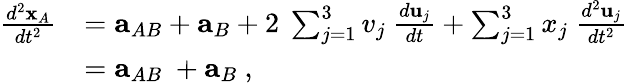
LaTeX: {\begin{array}{rl}{{\frac{d^{2}\mathbf{x}_{A}}{dt^{2}}}}&{=\mathbf{a}_{AB}+\mathbf{a}_{B}+2\ \sum_{j=1}^{3}v_{j}\ {\frac{d\mathbf{u}_{j}}{dt}}+\sum_{j=1}^{3}x_{j}\ {\frac{d^{2}\mathbf{u}_{j}}{dt^{2}}}}\\ &{=\mathbf{a}_{AB}\ +\mathbf{a}_{B}\ ,}\end{array}}